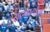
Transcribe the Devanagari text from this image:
सदमार्गाला